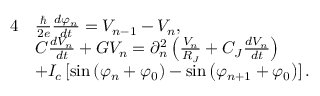
\begin{array} { r l } { { 4 } } & { \frac { \hbar } { 2 e } \frac { d \varphi _ { n } } { d t } = V _ { n - 1 } - V _ { n } , } \\ & { C \frac { d V _ { n } } { d t } + G V _ { n } = \partial _ { n } ^ { 2 } \left( \frac { V _ { n } } { R _ { J } } + C _ { J } \frac { d V _ { n } } { d t } \right) } \\ & { + I _ { c } \left[ \sin \left( \varphi _ { n } + \varphi _ { 0 } \right) - \sin \left( \varphi _ { n + 1 } + \varphi _ { 0 } \right) \right] . } \end{array}